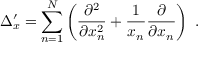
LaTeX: \Delta _ { x } ^ { \prime } = \sum _ { n = 1 } ^ { N } \left( \frac { \partial ^ { 2 } } { \partial x _ { n } ^ { 2 } } + \frac { 1 } { x _ { n } } \frac { \partial } { \partial x _ { n } } \right) \ .